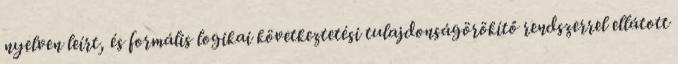
nyelven leírt, és formális logikai következtetési tulajdonságörökítő rendszerrel ellátott